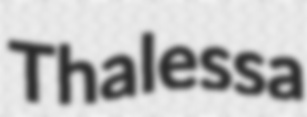
Thalessa